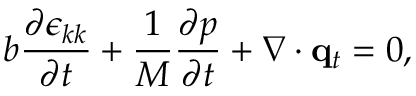
b \frac { \partial \epsilon _ { k k } } { \partial t } + \frac { 1 } { M } \frac { \partial p } { \partial t } + \nabla \cdot \mathbf { q } _ { t } = 0 ,